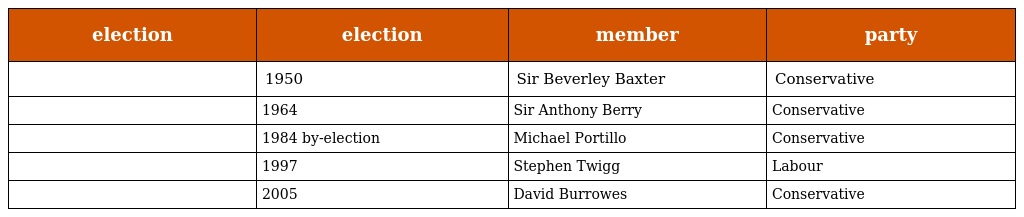
| election | election | member | party |
 | --- | --- | --- | --- |
 |  | 1950 | Sir Beverley Baxter | Conservative |
 |  | 1964 | Sir Anthony Berry | Conservative |
 |  | 1984 by-election | Michael Portillo | Conservative |
 |  | 1997 | Stephen Twigg | Labour |
 |  | 2005 | David Burrowes | Conservative |